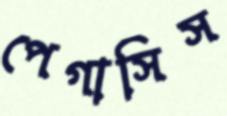
পেগাসিস